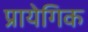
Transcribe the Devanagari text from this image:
प्रायेगिक